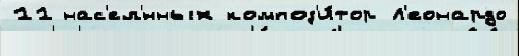
11 нас'ел'́нных композ'и́тор Л'еонардо